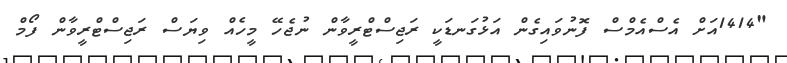
"1414އަށް އެސްއެމްސް ފޮނުވައިގެން އަޅުގަނޑަކީ ރަޖިސްޓްރީވާން ނުޖެހޭ މީހެއް ވިޔަސް ރަޖިސްޓްރީވާން ފޯމް